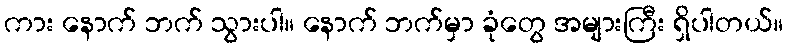
ကား နောက် ဘက် သွားပါ။ နောက် ဘက်မှာ ခုံတွေ အများကြီး ရှိပါတယ်။